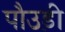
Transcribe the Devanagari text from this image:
पौउड़ी